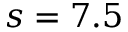
s = 7 . 5